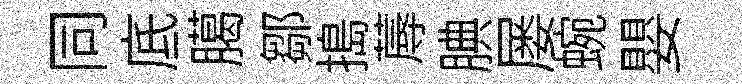
同底臈鄒搗蓐腆屡蜿嬰